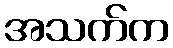
အသက်က